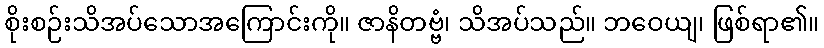
စိုးစဉ်းသိအပ်သောအကြောင်းကို။ ဇာနိတဗ္ဗံ၊ သိအပ်သည်။ ဘဝေယျ၊ ဖြစ်ရာ၏။